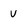
Character: u